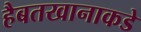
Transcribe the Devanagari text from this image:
हैबतखानाकडे